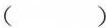
( )